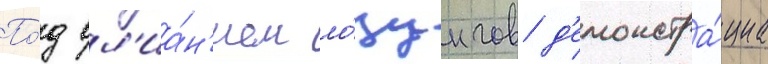
По́д вл'иа́н'ием ло́зунгов д'емонстра́циа